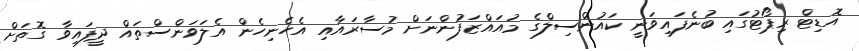
އޮޑިޓް ރިޕޯޓުގައި ބުނެފައިވަނީ ކައުންސިލްގެ މުއައްޒަފުންނަށް މުސާރައާއި އެހެނިހެން އެލަވަންސްތައް ދީފައިވާ ގޮތަށް